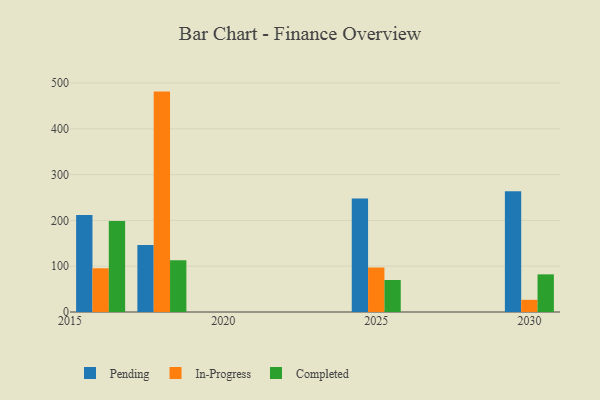
{"axis": {"x": "Year", "y": "Gross Profit (USD K)"}, "legend": ["Completed", "In-Progress", "Pending"], "data": [{"x": "2016", "y": 211.8, "type": "Pending"}, {"x": "2016", "y": 95.5, "type": "In-Progress"}, {"x": "2016", "y": 198.6, "type": "Completed"}, {"x": "2025", "y": 247.6, "type": "Pending"}, {"x": "2025", "y": 97.1, "type": "In-Progress"}, {"x": "2025", "y": 69.9, "type": "Completed"}, {"x": "2018", "y": 146.1, "type": "Pending"}, {"x": "2018", "y": 481.3, "type": "In-Progress"}, {"x": "2018", "y": 113.0, "type": "Completed"}, {"x": "2030", "y": 263.8, "type": "Pending"}, {"x": "2030", "y": 26.6, "type": "In-Progress"}, {"x": "2030", "y": 82.2, "type": "Completed"}]}